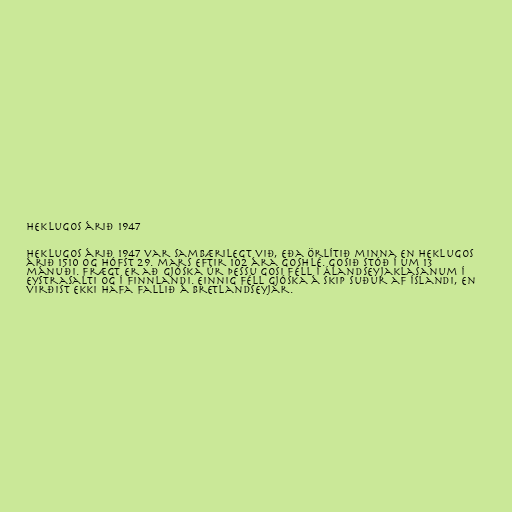
Heklugos árið 1947

Heklugos árið 1947 var sambærilegt við, eða örlítið minna en Heklugos
árið 1510 og hófst 29. mars eftir 102 ára goshlé. Gosið stóð í um 13
mánuði. Frægt er að gjóska úr þessu gosi féll í Álandseyjaklasanum í
Eystrasalti og í Finnlandi. Einnig féll gjóska á skip suður af Íslandi, en
virðist ekki hafa fallið á Bretlandseyjar.